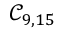
\mathcal { C } _ { 9 , 1 5 }